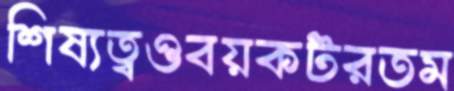
শিষ্যত্বওবয়কটরতম